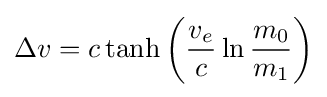
\Delta v=c\tanh \left({\frac {v_{e}}{c}}\ln {\frac {m_{0}}{m_{1}}}\right)